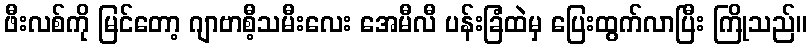
ဖီးလစ်ကို မြင်တော့ ဂျာဗာစီ့သမီးလေး အေမီလီ ပန်းခြံထဲမှ ပြေးထွက်လာပြီး ကြိုသည်။